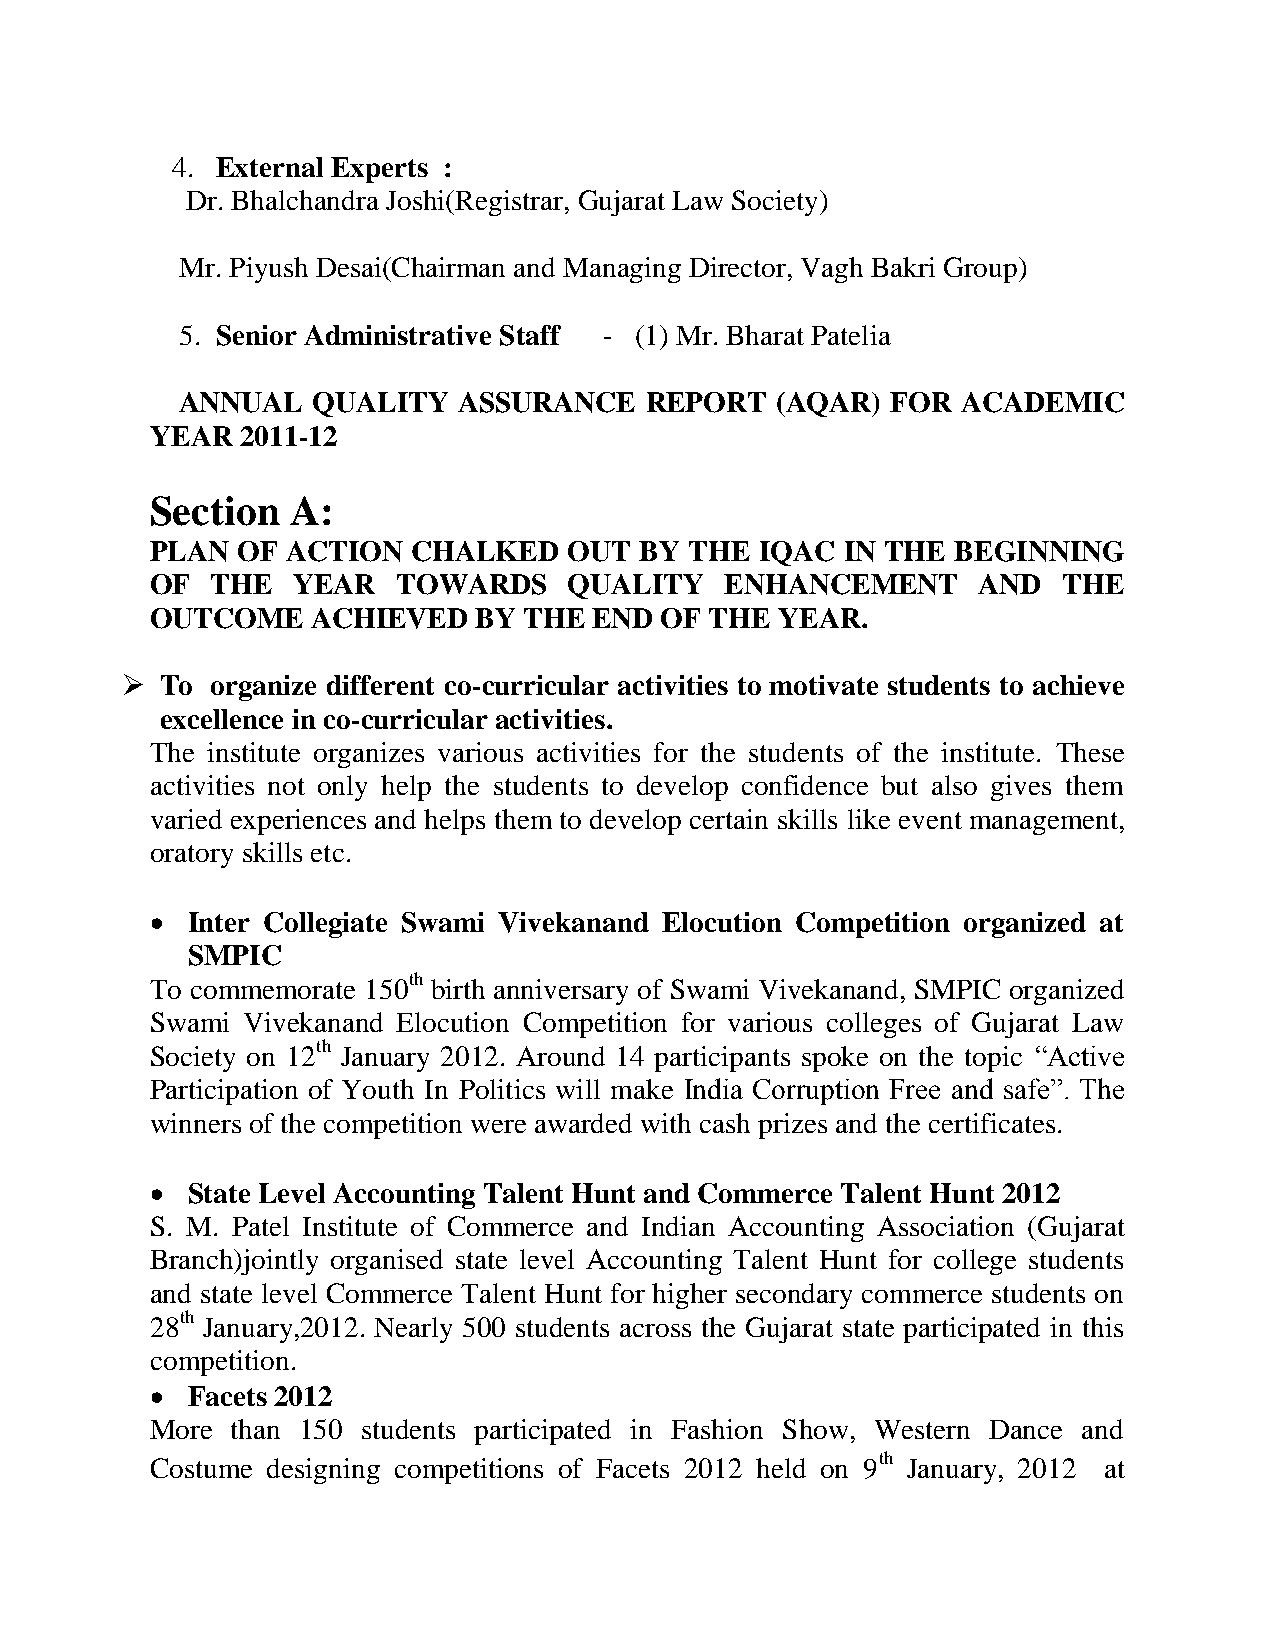
4. External Experts :
 Dr. Bhalchandra Joshi(Registrar, Gujarat Law Society)
 Mr. Piyush Desai(Chairman and Managing Director, Vagh Bakri Group)
 5. Senior Administrative Staff - (1) Mr. Bharat Patelia
 ANNUAL   QUALITY  ASSURANCE    REPORT  (AQAR)  FOR  ACADEMIC
 YEAR  2011-12
 Section  A:
 PLAN  OF ACTION  CHALKED    OUT BY  THE IQAC  IN THE BEGINNING
 OF  THE  YEAR   TOWARDS     QUALITY   ENHANCEMENT      AND  THE
 OUTCOME    ACHIEVED   BY THE END  OF THE  YEAR.
   To organize different co-curricular activities to motivate students to achieve
 excellence in co-curricular activities.
 The institute organizes various activities for the students of the institute. These
 activities not only help the students to develop confidence but also gives them
 varied experiences and helps them to develop certain skills like event management,
 oratory skills etc.
  Inter Collegiate Swami Vivekanand Elocution Competition organized at
 SMPIC
 To commemorate 150th birth anniversary of Swami Vivekanand, SMPIC organized
 Swami Vivekanand Elocution Competition for various colleges of Gujarat Law
 Society on 12th January 2012. Around 14 participants spoke on the topic “Active
 Participation of Youth In Politics will make India Corruption Free and safe”. The
 winners of the competition were awarded with cash prizes and the certificates.
  State Level Accounting Talent Hunt and Commerce Talent Hunt 2012
 S. M. Patel Institute of Commerce and Indian Accounting Association (Gujarat
 Branch)jointly organised state level Accounting Talent Hunt for college students
 and state level Commerce Talent Hunt for higher secondary commerce students on
 28th January,2012. Nearly 500 students across the Gujarat state participated in this
 competition.
  Facets 2012
 More than 150 students participated in Fashion Show, Western Dance and
 Costume designing competitions of Facets 2012 held on 9th January, 2012 at